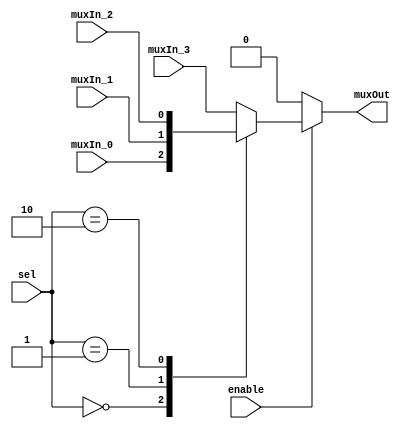
module Multiplexer_bus_4( enable,
                          muxIn_0,
                          muxIn_1,
                          muxIn_2,
                          muxIn_3,
                          muxOut,
                          sel );

   /*******************************************************************************
   ** Here all module parameters are defined with a dummy value                  **
   *******************************************************************************/
   parameter nrOfBits = 1;

   /*******************************************************************************
   ** The inputs are defined here                                                **
   *******************************************************************************/
   input                enable;
   input [nrOfBits-1:0] muxIn_0;
   input [nrOfBits-1:0] muxIn_1;
   input [nrOfBits-1:0] muxIn_2;
   input [nrOfBits-1:0] muxIn_3;
   input [1:0]          sel;

   /*******************************************************************************
   ** The outputs are defined here                                               **
   *******************************************************************************/
   output [nrOfBits-1:0] muxOut;

   /*******************************************************************************
   ** The module functionality is described here                                 **
   *******************************************************************************/
   reg [nrOfBits:0] s_selected_vector;
   assign muxOut = s_selected_vector;

   always @(*)
   begin
      if (~enable) s_selected_vector <= 0;
      else case (sel)
         2'b00:
            s_selected_vector <= muxIn_0;
         2'b01:
            s_selected_vector <= muxIn_1;
         2'b10:
            s_selected_vector <= muxIn_2;
        default:
           s_selected_vector <= muxIn_3;
      endcase
   end

endmodule